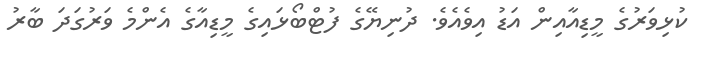
ކުޅިވަރުގެ މީޑިއާއިން އަޑު އިވެއެވެ. ދުނިޔޭގެ ފުޓްބޯޅައިގެ މީޑިއާގެ އެންމެ ވަރުގަދަ ބާރު